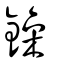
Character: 鐰